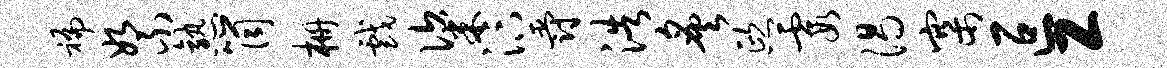
褊絮熟筒栅戏粢汴爵浩炙熙霞渴寨叵工